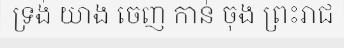
ទ្រង់ យាង ចេញ កាន់ ចុង ព្រះរាជ